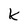
Character: k